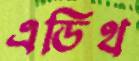
এডিথ